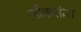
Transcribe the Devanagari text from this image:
लोकसंज्ञा